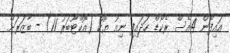
އައިފޯން 4އެސް ރެކޯޑް ހަދައިފި ނިއު ޔޯކް (އޮކްޓޫބަރު 11) - ބާޒަރަށް